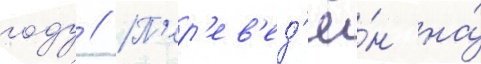
году // П'ер'ев'ед'ё́н на́